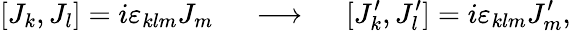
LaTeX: [J_{k},J_{l}]=i\varepsilon_{klm}J_{m}\ \ \ \ \ \longrightarrow\ \ \ \ \ [J_{k}^{\prime},J_{l}^{\prime}]=i\varepsilon_{klm}J_{m}^{\prime},